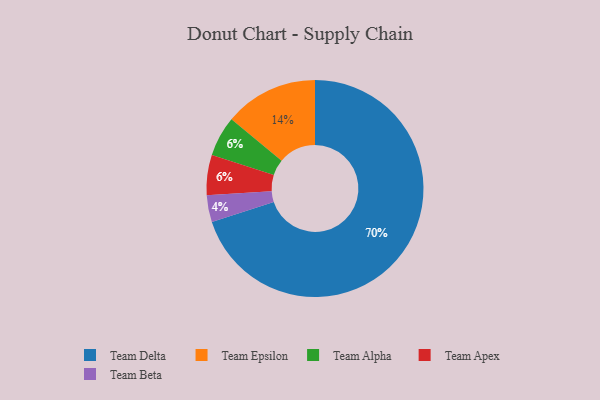
{"axis": {"x": "Category", "y": "Percentage"}, "legend": ["Team Alpha", "Team Apex", "Team Beta", "Team Delta", "Team Epsilon"], "data": [{"x": "Team Epsilon", "y": 14, "type": "Team Epsilon"}, {"x": "Team Alpha", "y": 6, "type": "Team Alpha"}, {"x": "Team Delta", "y": 70, "type": "Team Delta"}, {"x": "Team Apex", "y": 6, "type": "Team Apex"}, {"x": "Team Beta", "y": 4, "type": "Team Beta"}]}